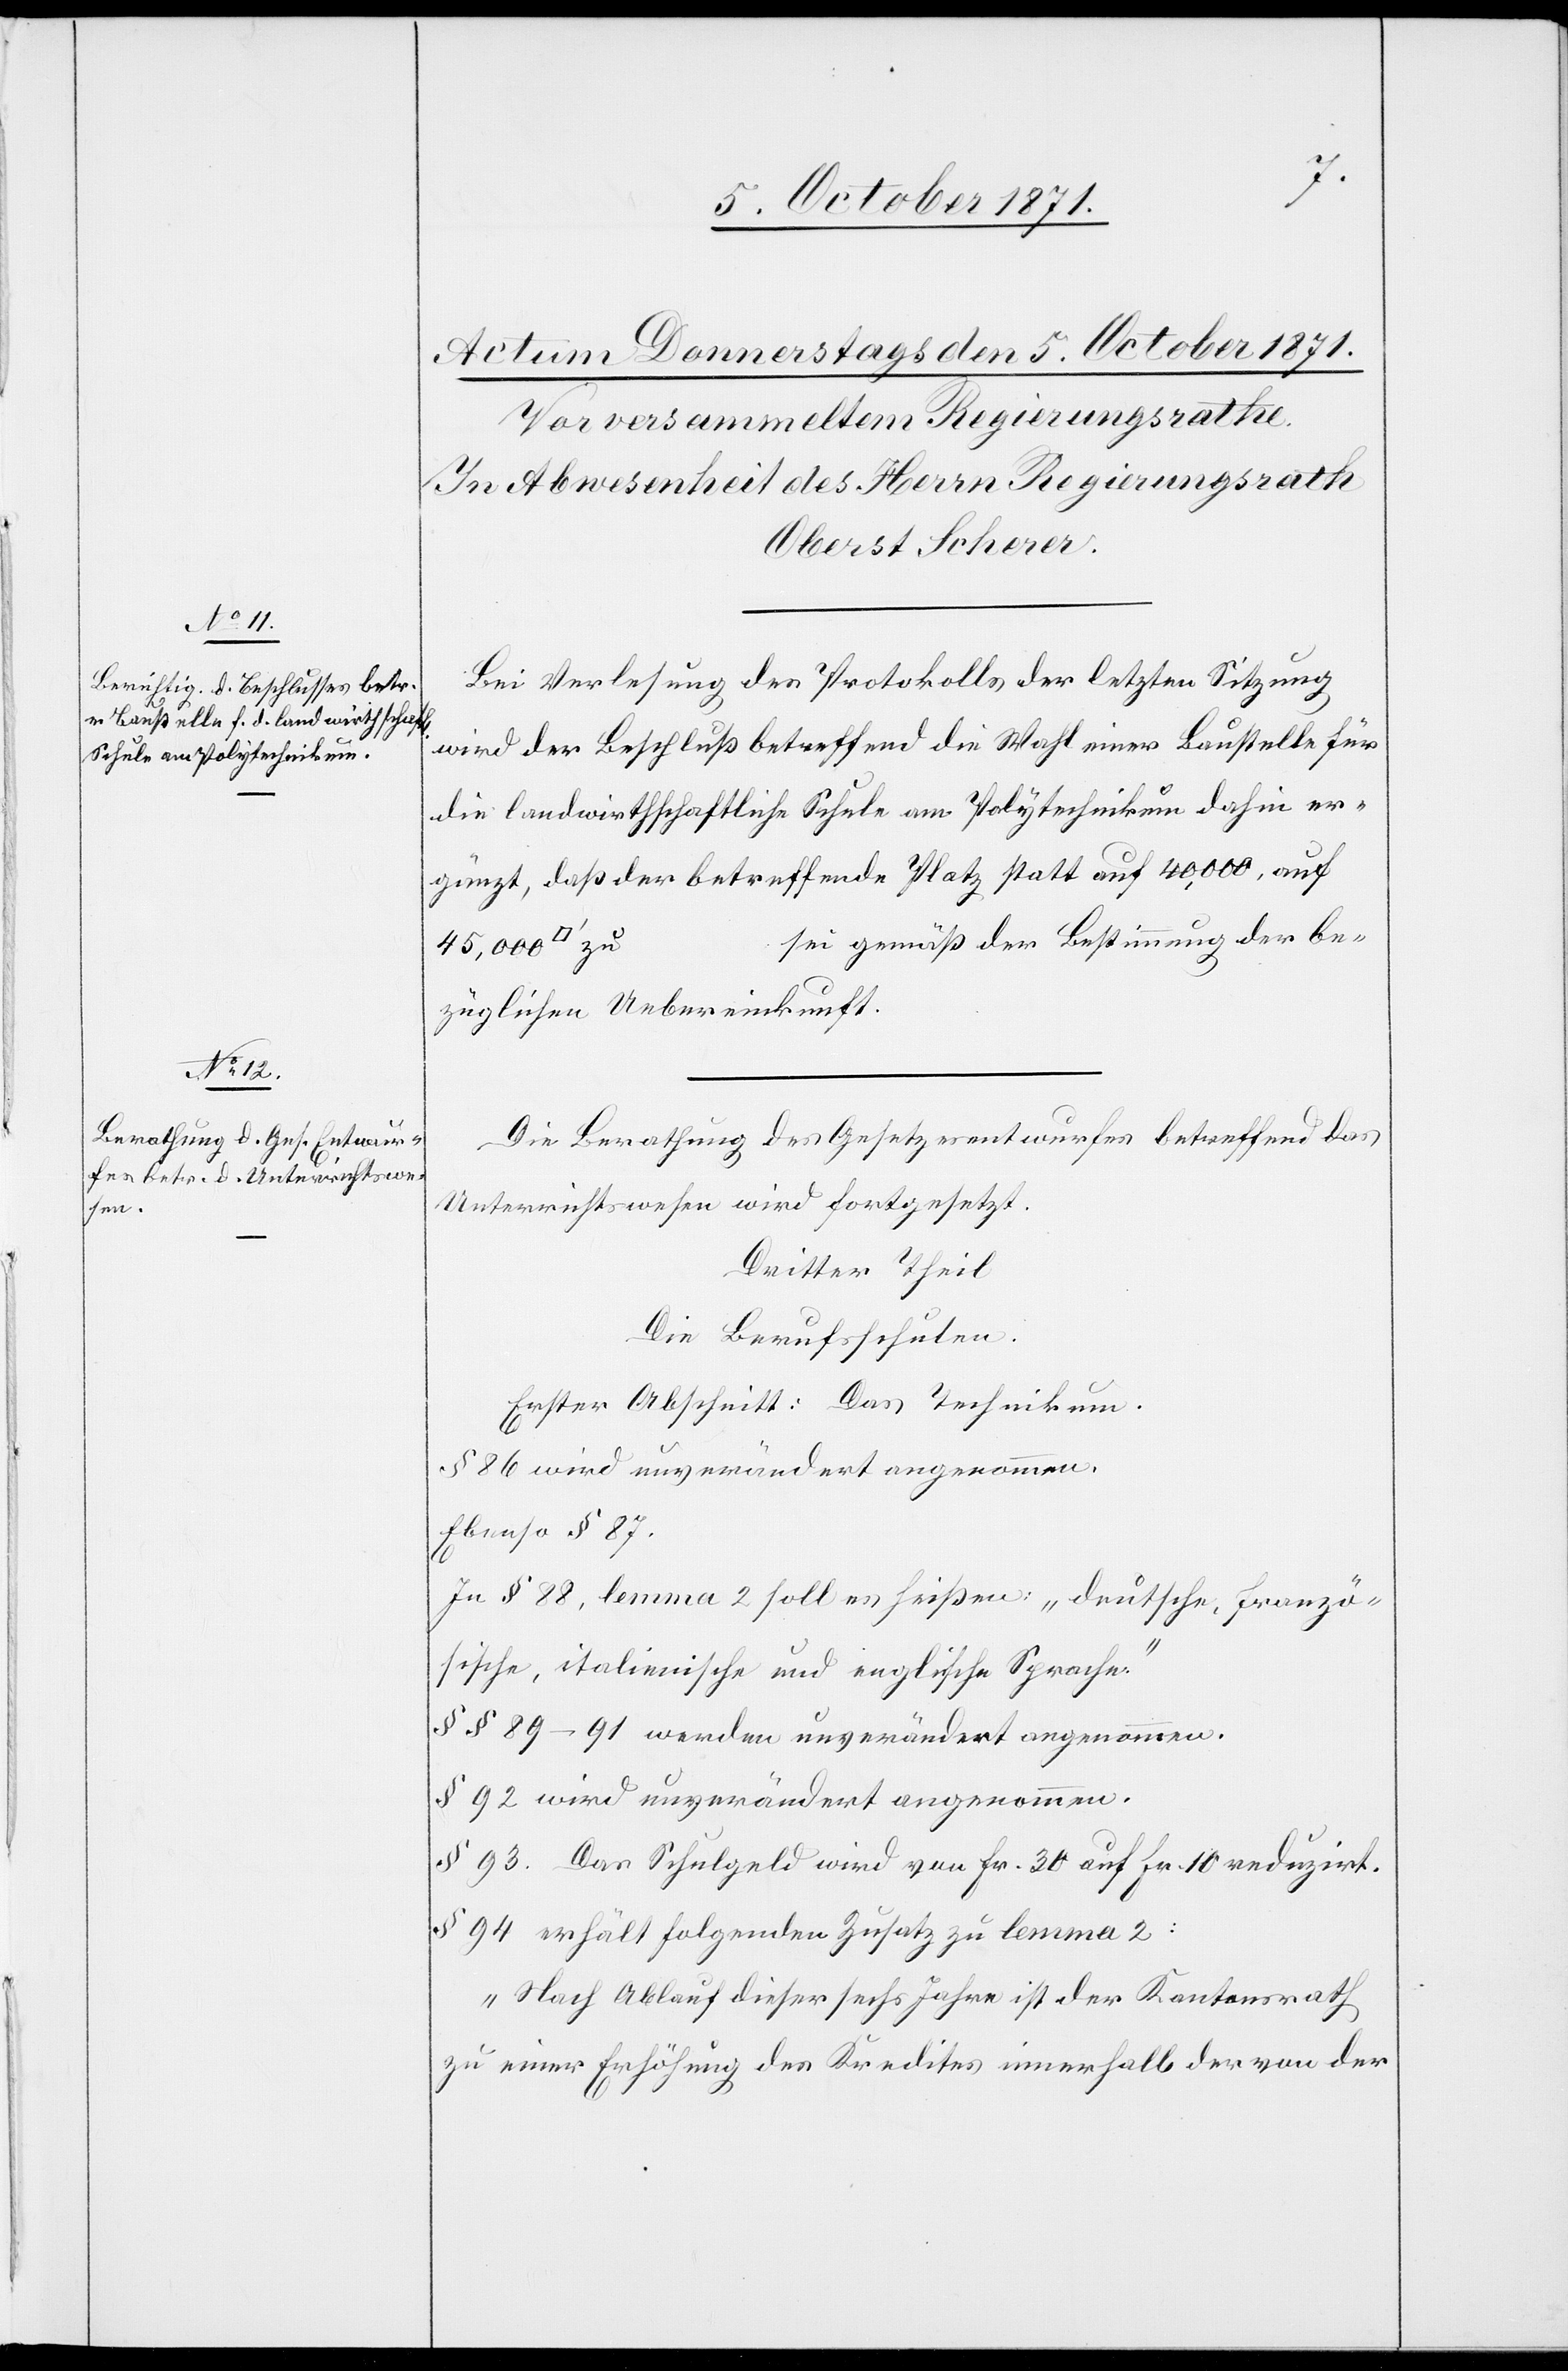
Bei Verlesung des Protokolls der letzten Sitzung
wird der Beschluß betreffend die Wahl einer Baustelle für
die landwirthschaftliche Schule am Polytechnikum dahin er¬
gänzt, daß der betreffende Platz statt auf 40,000, auf
sei gemäß der Bestimmung der be¬
züglichen Uebereinkunft.
Die Berathung des Gesetzesentwurfes betreffend des
Unterrichtswesen wird fortgesetzt.
Dritter Theil
Die Berufsschulen.
Erster Abschnitt: das Technikum.
§ 86 wird unverändert angenommen.
Ebenso § 87.
In § 88, lemma 2 soll es heißen: „deutsche, franzö¬
sische, italienische und englische Sprache.“
§§ 89–91 werden unverändert angenommen.
§ 92 wird unverändert angenommen.
§ 93. Das Schulgeld wird von Fr. 30 auf Fr. 10 reduzirt.
§ 94 erhält folgenden Zusatz zu lemma 2:
„Nach Ablauf dieser sechs Jahre ist der Kantonsrath
zu einer Erhöhung des Kredites innerhalb der von der